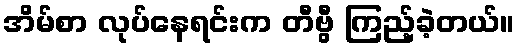
အိမ်စာ လုပ်နေရင်းက တီဗွီ ကြည့်ခဲ့တယ်။